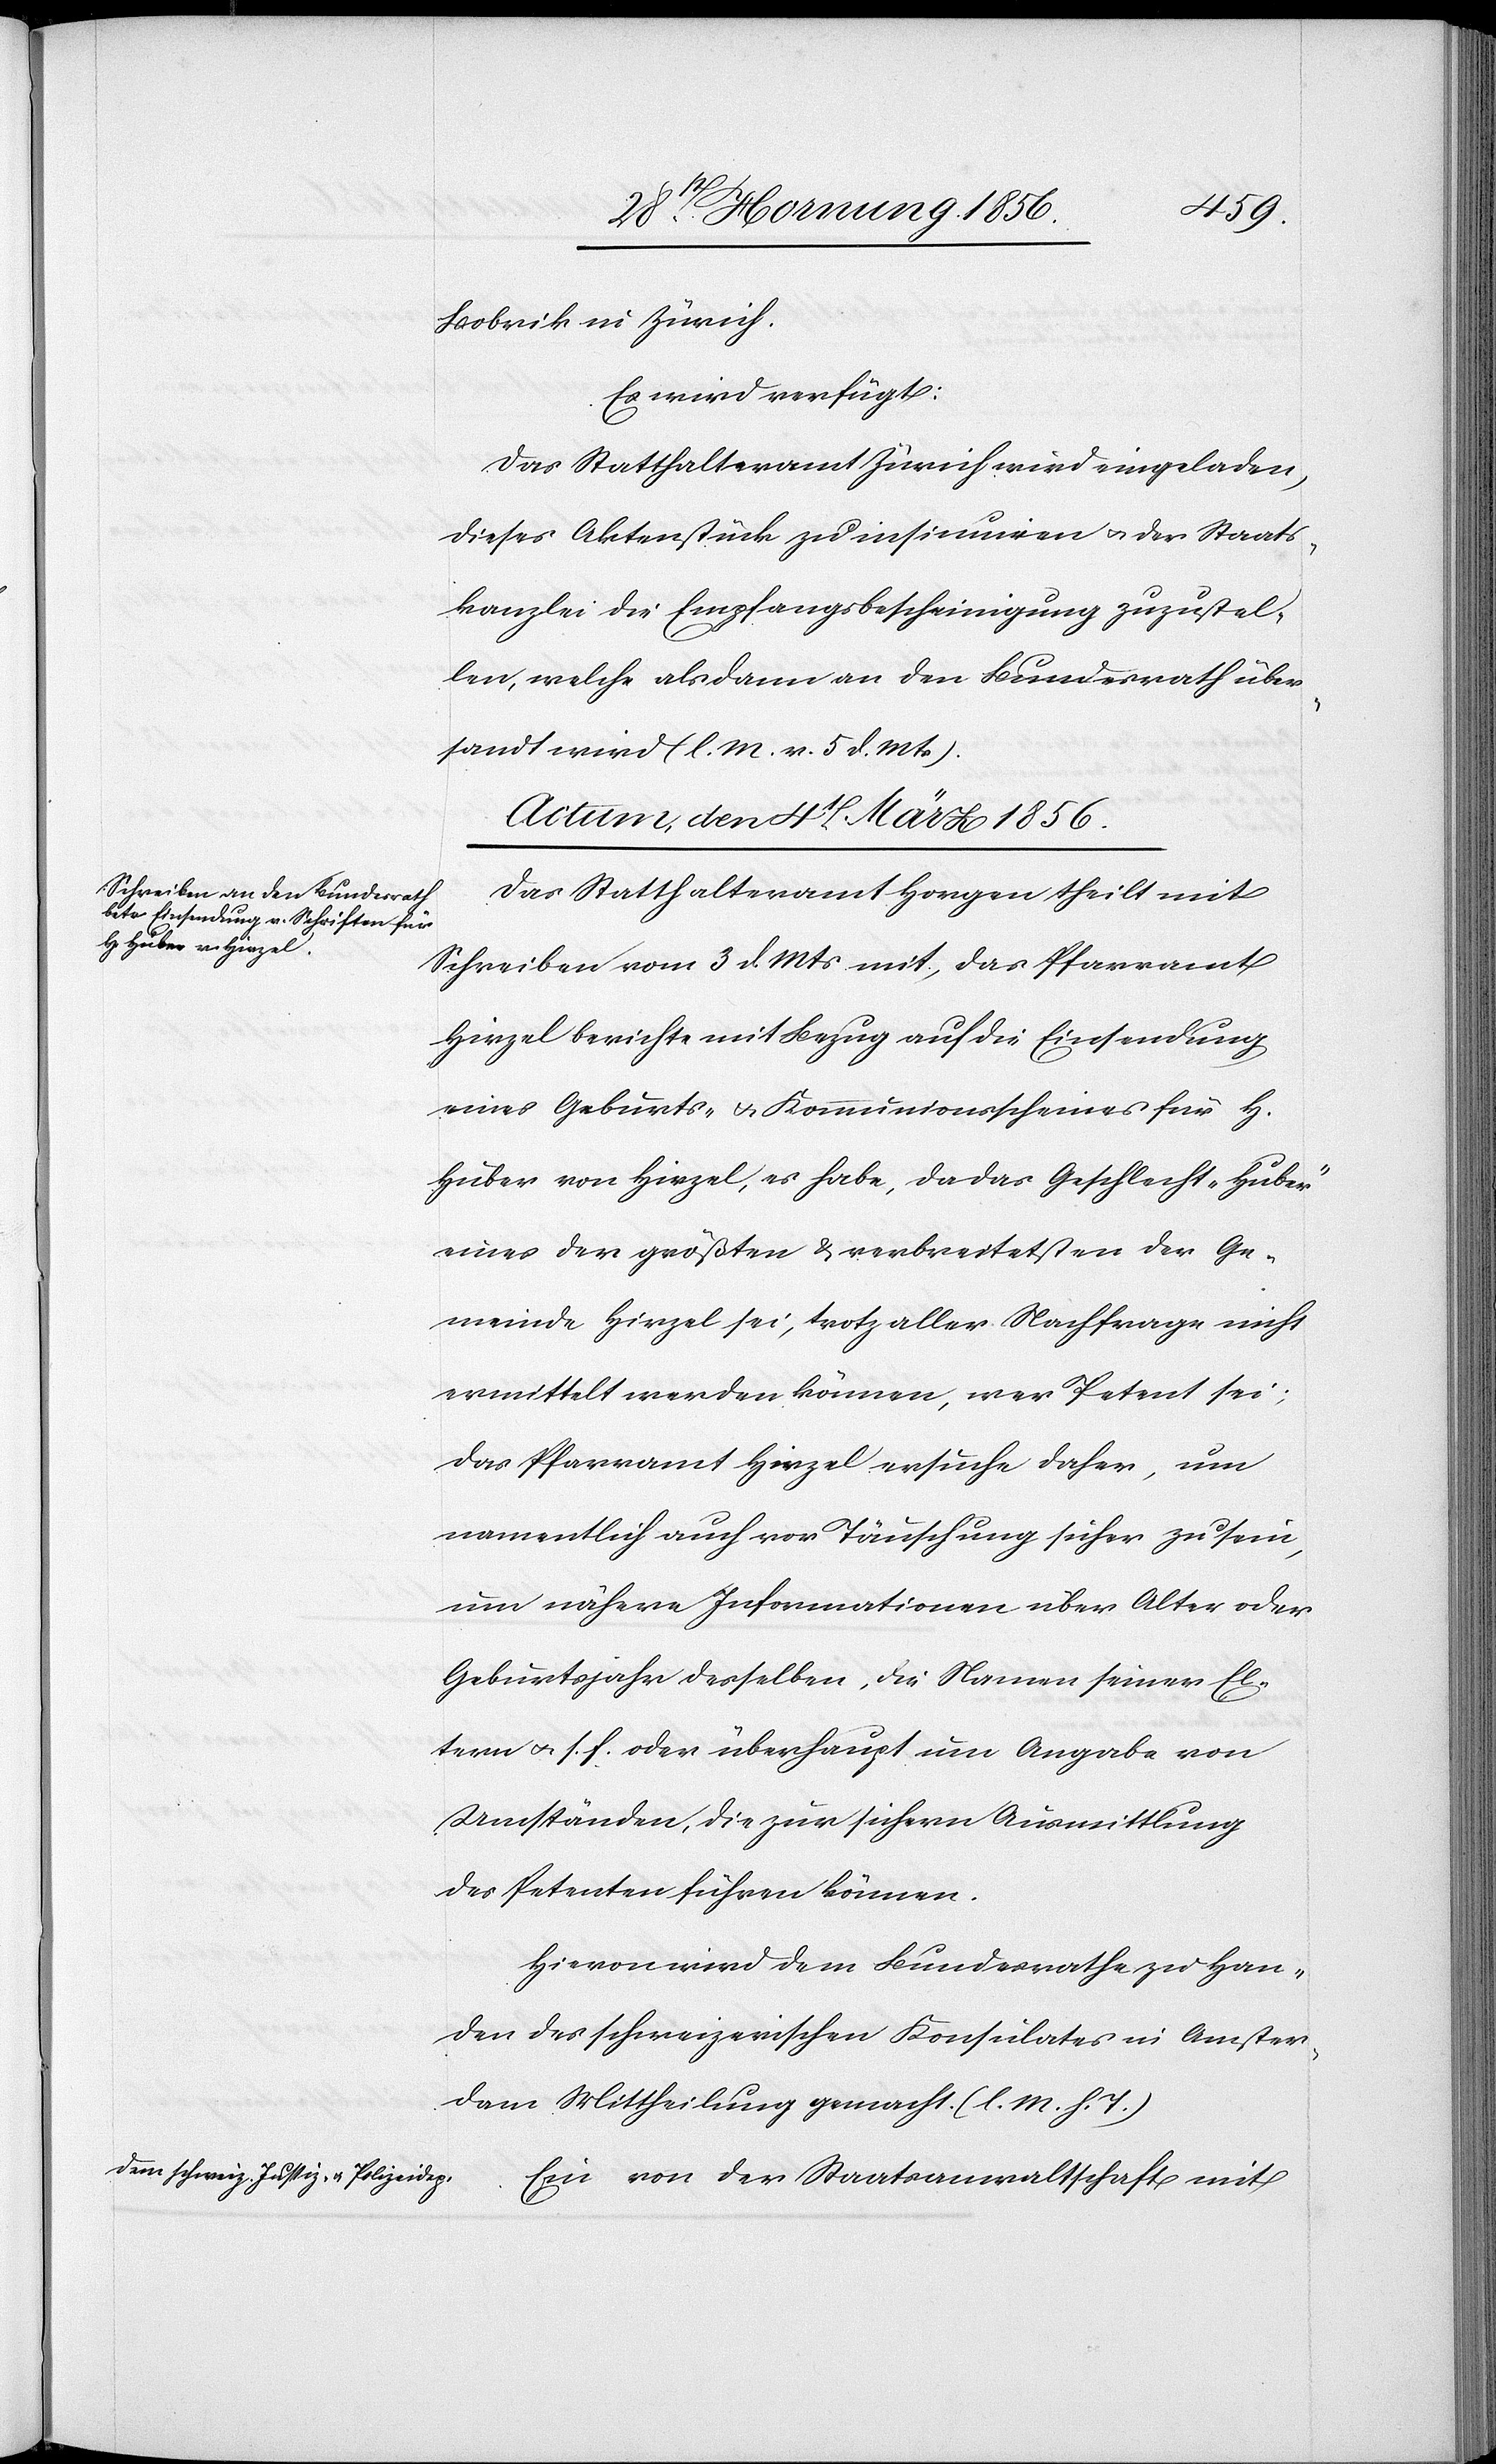
Bobrik in Zürich.
Es wird verfügt:
Das Statthalteramt Zürich wird eingeladen,
dieses Aktenstück zu insinuiren u. der Staats¬
kanzlei die Empfangsbescheinigung zuzustel¬
len, welche alsdann an den Bundesrath über¬
sandt wird (l. M. v. 5 d. Mts).
Actum, den 4t März 1856.]
Das Statthalteramt Horgen theilt mit
Schreiben vom 3 d. Mts mit, das Pfarramt
Hirzel berichte mit Bezug auf die Einsendung
eines Geburts- u. Kommunionsscheines für H.
Huber von Hirzel, es habe, da das Geschlecht „Huber“
eines der größten & verbreitetsten der Ge¬
meinde Hirzel sei, trotz aller Nachfrage nicht
ermittelt werden können, wer Petent sei;
das Pfarramt Hirzel ersuche daher, um
namentlich auch vor Täuschung sicher zu sein,
um nähere Informationen über Alter oder
Geburtsjahr desselben, die Namen seiner El¬
tern u. s. f. oder überhaupt um Angabe von
Umständen, die zur sichern Ausmittlung
des Petenten führen können.
Hievon wird dem Bundesrathe zu Han¬
den des schweizerischen Konsulates in Amster¬
dam Mittheilung gemacht. (l. M. h. T.)
Ein von der Staatsanwaltschaft mit